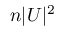
n | U | ^ { 2 }